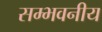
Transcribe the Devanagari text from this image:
सम्भवनीय